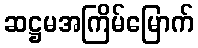
ဆဋ္ဌမအကြိမ်မြောက်